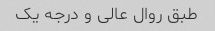
طبق روال عالی و درجه یک